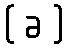
( ခ )